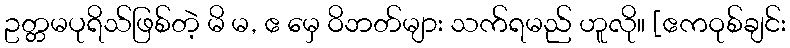
ဥတ္တမပုရိသ်ဖြစ်တဲ့ မိ မ, ဧ မှေ ဝိဘတ်များ သက်ရမည် ဟူလို။ [ဧကဝုစ်ချင်း